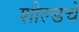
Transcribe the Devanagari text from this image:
शील्डचे